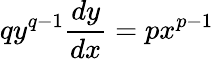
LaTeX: qy^{q-1}{\frac{dy}{dx}}=px^{p-1}